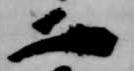
二